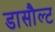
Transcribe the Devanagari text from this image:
डासौल्ट